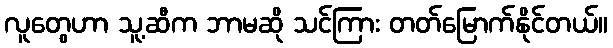
လူတွေဟာ သူ့ဆီက ဘာမဆို သင်ကြား တတ်မြောက်နိုင်တယ်။